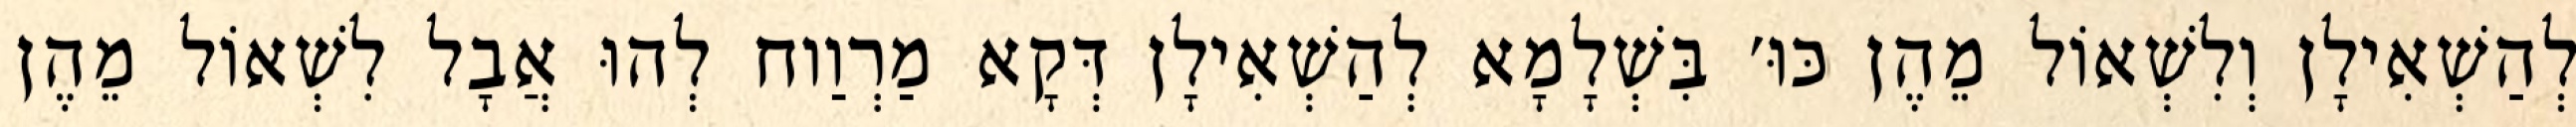
לְהַשְׁאִילָן וְלִשְׁאוֹל מֵהֶן כּוּ׳ בִּשְׁלָמָא לְהַשְׁאִילָן דְּקָא מַרְוַוח לְהוּ אֲבָל לִשְׁאוֹל מֵהֶן